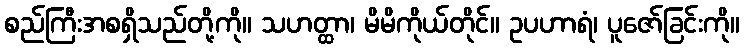
စည်ကြီးအစရှိသည်တို့ကို။ သဟတ္ထာ၊ မိမိကိုယ်တိုင်။ ဥပဟာရံ၊ ပူဇော်ခြင်းကို။